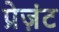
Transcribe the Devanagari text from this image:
प्रेज़ंट